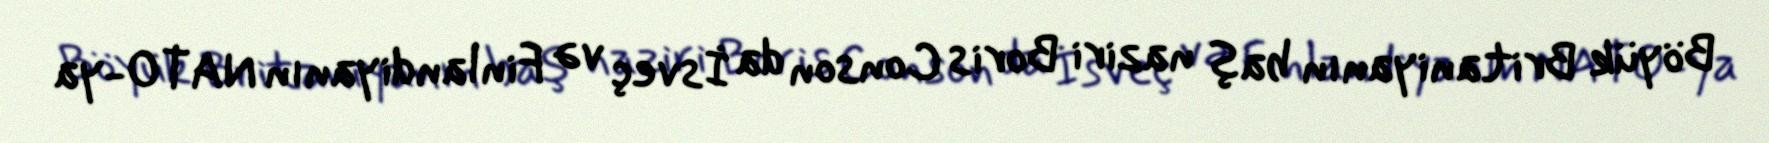
Böyük Britaniyanın baş naziri Boris Conson da İsveç və Finlandiyanın NATO-ya